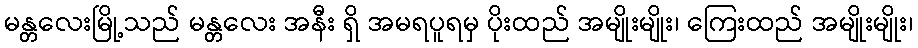
မန္တလေးမြို့သည် မန္တလေး အနီး ရှိ အမရပူရမှ ပိုးထည် အမျိုးမျိုး၊ ကြေးထည် အမျိုးမျိုး၊